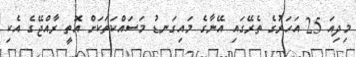
މިދިއަ 25 އަހަރުގެ ތެރޭގައި އޭނާގެ މައިގަނޑު މަސައްކަތަކަށް އޮތީ ރާއްޖޭގެ އެކި